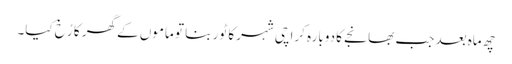
چھ ماہ بعد جب بھانجے کا دوبارہ کراچی شہر کا ٹور بنا تو ماموں کے گھر کا رُخ کیا۔